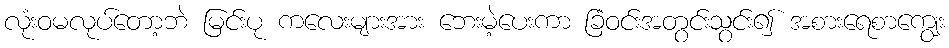
လုံးဝမလုပ်တော့ဘဲ မြင်းပု ကလေးများအား ဘေးမဲ့ပေးကာ ခြံဝင်းအတွင်းသွင်း၍ အစားရေစာကျွေး